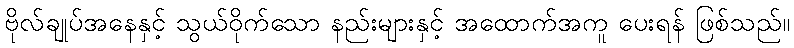
ဗိုလ်ချုပ်အနေနှင့် သွယ်ဝိုက်သော နည်းများနှင့် အထောက်အကူ ပေးရန် ဖြစ်သည်။